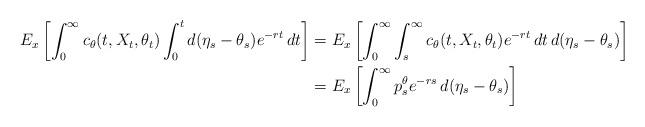
LaTeX: \begin{align*}E_x\left[ \int_0^{\infty}c_{\theta}(t,X_t,\theta_t)\int_{0}^{t}d(\eta_s-\theta_s)e^{-rt}\,dt\right] &= E_x\left[\int_{0}^{\infty}\int_{s}^{\infty}c_{\theta}(t,X_t,\theta_t)e^{-rt}\,dt\,d(\eta_s-\theta_s)\right] \\&= E_x\left[\int_{0}^{\infty}p_{s}^{\theta}e^{-rs}\,d(\eta_s-\theta_s)\right]\end{align*}